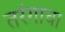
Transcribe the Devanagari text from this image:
तरंगाचा